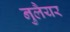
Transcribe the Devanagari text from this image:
नुलैयर